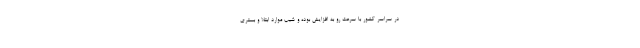
در سراسر کشور با سرعت رو به افزایش بوده و شیب موارد ابتلا و بستری